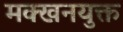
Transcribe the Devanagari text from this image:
मक्खनयुक्त